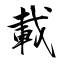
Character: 載